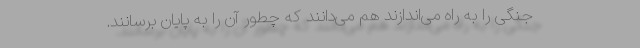
جنگی را به راه می‌اندازند هم می‌دانند که چطور آن را به پایان برسانند.